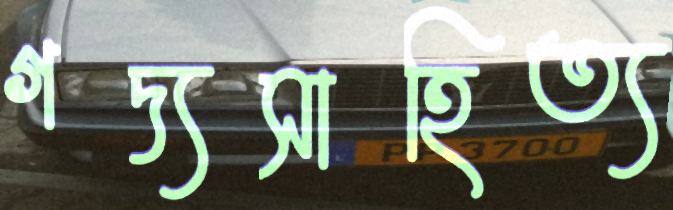
গদ্যসাহিত্য